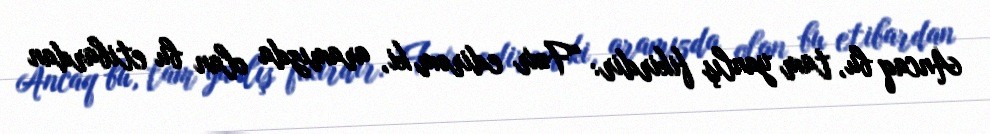
Ancaq bu, tam yanlış fikirdir: “Fəxr edirəm ki, aramızda olan bu etibardan